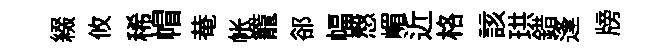
綴攸稀帽𤲅帐籠郤幅慤嵋近格該珙錯逢牓